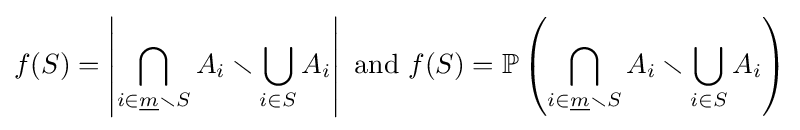
f(S)=\left|\bigcap _{i\in {\underline {m}}\smallsetminus S}A_{i}\smallsetminus \bigcup _{i\in S}A_{i}\right|{\text{ and }}f(S)=\mathbb {P} \left(\bigcap _{i\in {\underline {m}}\smallsetminus S}A_{i}\smallsetminus \bigcup _{i\in S}A_{i}\right)